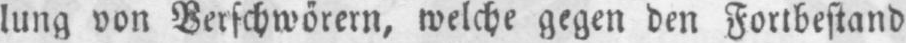
lung von Verschwörern, welche gegen den Fortbestand